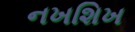
નખશિખ